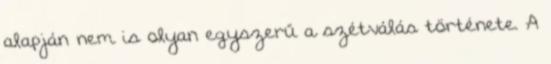
alapján nem is olyan egyszerű a szétválás története. A